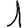
Digit: 1